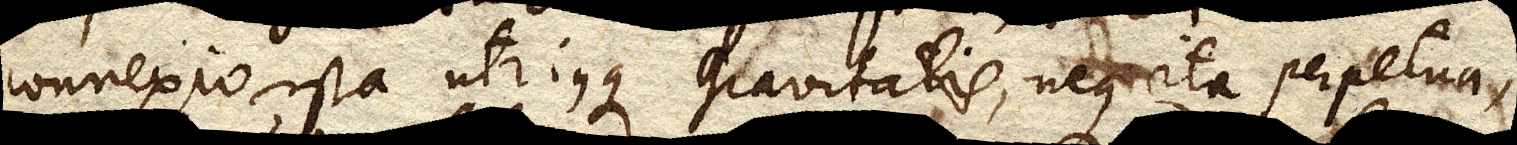
connexio ista utriusque gravitatis, neque ita perpetua,